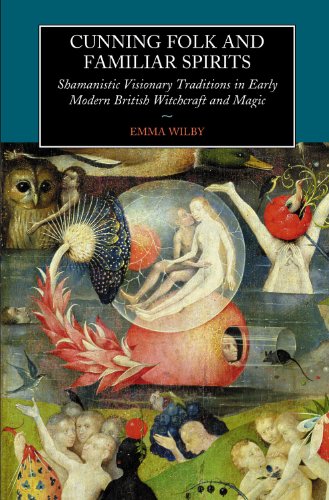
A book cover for Cunning-Folk and Familiar Spirits: Shamanistic Visionary Traditions in Early Modern British Witchcraft and Magic; Emma Wilby; Religion & Spirituality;